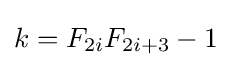
k=F_{2i}F_{2i+3}-1